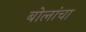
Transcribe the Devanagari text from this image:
बोलांचा